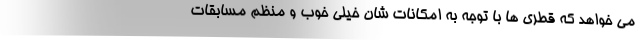
می خواهد که قطری ها با توجه به امکانات شان خیلی خوب و منظم مسابقات